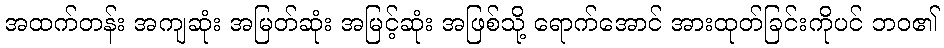
အထက်တန်း အကျဆုံး အမြတ်ဆုံး အမြင့်ဆုံး အဖြစ်သို့ ရောက်အောင် အားထုတ်ခြင်းကိုပင် ဘဝ၏